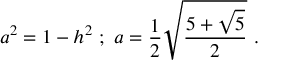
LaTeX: a ^ { 2 } = 1 - h ^ { 2 } \ ; \ a = { \frac { 1 } { 2 } } { \sqrt { \frac { 5 + { \sqrt { 5 } } } { 2 } } } \ .